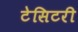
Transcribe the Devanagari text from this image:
टेसिटरी